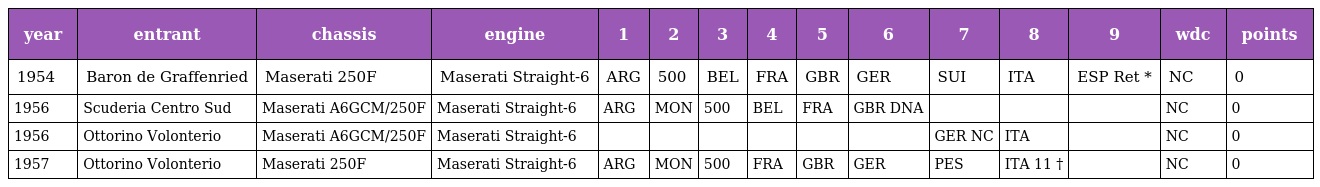
| year | entrant | chassis | engine | 1 | 2 | 3 | 4 | 5 | 6 | 7 | 8 | 9 | wdc | points |
 | --- | --- | --- | --- | --- | --- | --- | --- | --- | --- | --- | --- | --- | --- | --- |
 | 1954 | Baron de Graffenried | Maserati 250F | Maserati Straight-6 | ARG | 500 | BEL | FRA | GBR | GER | SUI | ITA | ESP Ret * | NC | 0 |
 | 1956 | Scuderia Centro Sud | Maserati A6GCM/250F | Maserati Straight-6 | ARG | MON | 500 | BEL | FRA | GBR DNA |  |  |  | NC | 0 |
 | 1956 | Ottorino Volonterio | Maserati A6GCM/250F | Maserati Straight-6 |  |  |  |  |  |  | GER NC | ITA |  | NC | 0 |
 | 1957 | Ottorino Volonterio | Maserati 250F | Maserati Straight-6 | ARG | MON | 500 | FRA | GBR | GER | PES | ITA 11 † |  | NC | 0 |